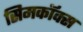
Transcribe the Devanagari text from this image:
सिमकॉक्स